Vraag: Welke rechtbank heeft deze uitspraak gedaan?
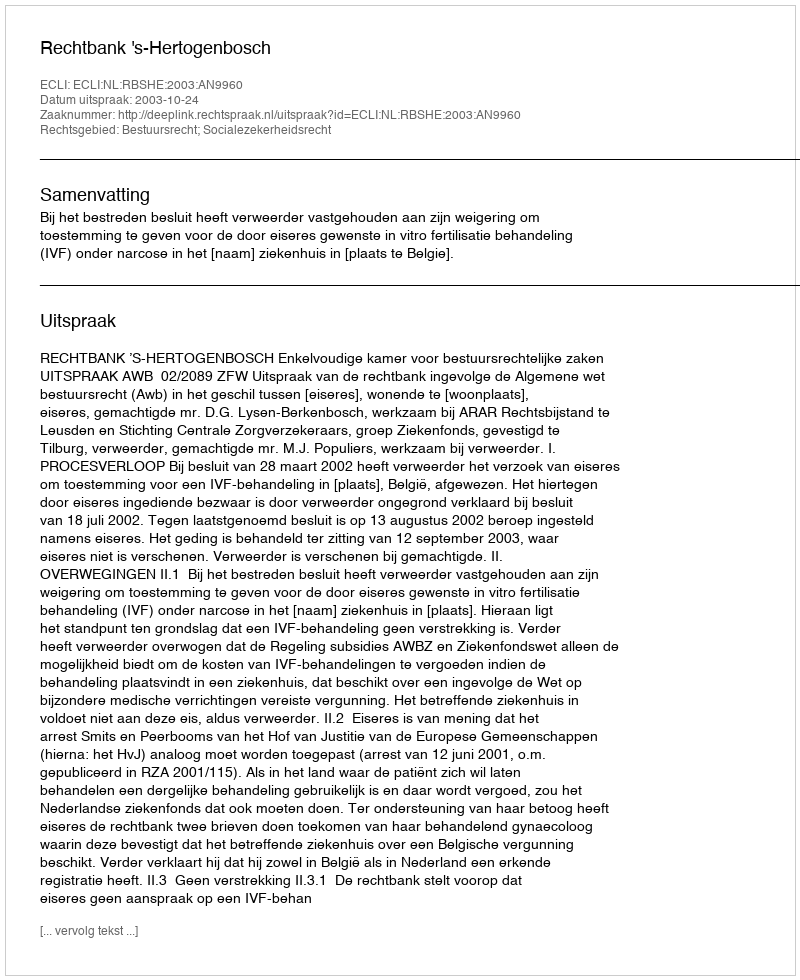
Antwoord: Rechtbank 's-Hertogenbosch